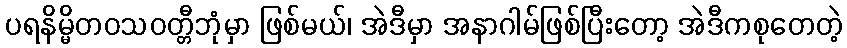
ပရနိမ္မိတဝသဝတ္တီဘုံမှာ ဖြစ်မယ်၊ အဲဒီမှာ အနာဂါမ်ဖြစ်ပြီးတော့ အဲဒီကစုတေတဲ့